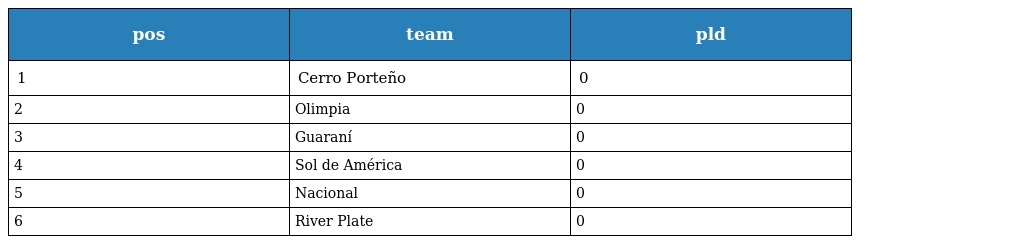
| pos | team | pld |
 | --- | --- | --- |
 | 1 | Cerro Porteño | 0 |
 | 2 | Olimpia | 0 |
 | 3 | Guaraní | 0 |
 | 4 | Sol de América | 0 |
 | 5 | Nacional | 0 |
 | 6 | River Plate | 0 |